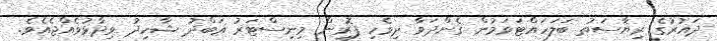
ދައުރުގެ ރިޔާސަތު ބަލަހައްޓަވަމުން ގެންދަވާ ދިވެހި ފޮރިން މިނިސްޓަރު ޢަބްދު ޝާހިދު ވިދާޅުވެއްޖެއެވެ.